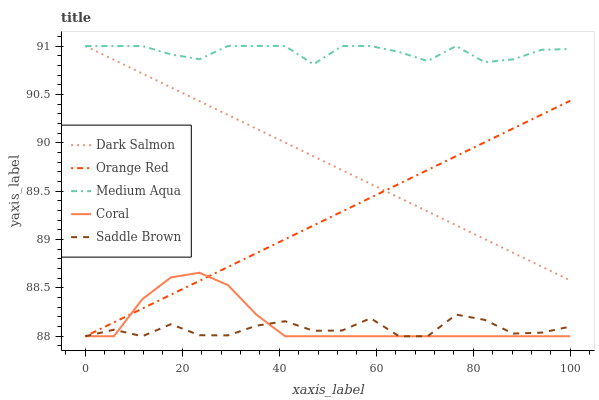
| xaxis_label | Dark Salmon | Orange Red | Medium Aqua | Coral | Saddle Brown |
 | --- | --- | --- | --- | --- | --- |
 | 0 | 91 | 88 | 91 | 88 | 88 |
 | 5.88 | 90.9 | 88.1 | 91 | 88 | 88.1 |
 | 11.8 | 90.7 | 88.3 | 91 | 88.4 | 88 |
 | 17.6 | 90.6 | 88.4 | 90.9 | 88.6 | 88.1 |
 | 23.5 | 90.4 | 88.6 | 90.9 | 88.7 | 88 |
 | 29.4 | 90.3 | 88.7 | 91 | 88.5 | 88 |
 | 35.3 | 90.1 | 88.9 | 91 | 88.2 | 88.1 |
 | 41.2 | 90 | 89 | 91 | 88 | 88.2 |
 | 47.1 | 89.9 | 89.1 | 90.8 | 88 | 88.1 |
 | 52.9 | 89.7 | 89.3 | 91 | 88 | 88.1 |
 | 58.8 | 89.6 | 89.4 | 91 | 88 | 88.2 |
 | 64.7 | 89.4 | 89.6 | 90.9 | 88 | 88 |
 | 70.6 | 89.3 | 89.7 | 90.8 | 88 | 88 |
 | 76.5 | 89.1 | 89.9 | 91 | 88 | 88.2 |
 | 82.4 | 89 | 90 | 90.8 | 88 | 88.2 |
 | 88.2 | 88.9 | 90.1 | 90.9 | 88 | 88 |
 | 94.1 | 88.7 | 90.3 | 91 | 88 | 88 |
 | 100 | 88.6 | 90.4 | 91 | 88 | 88.1 |